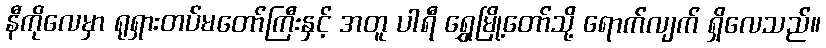
နီကိုလေမှာ ရုရှားတပ်မတော်ကြီးနှင့် အတူ ပါရီ ရွှေမြို့တော်သို့ ရောက်လျက် ရှိလေသည်။